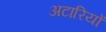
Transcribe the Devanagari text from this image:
अटारियों